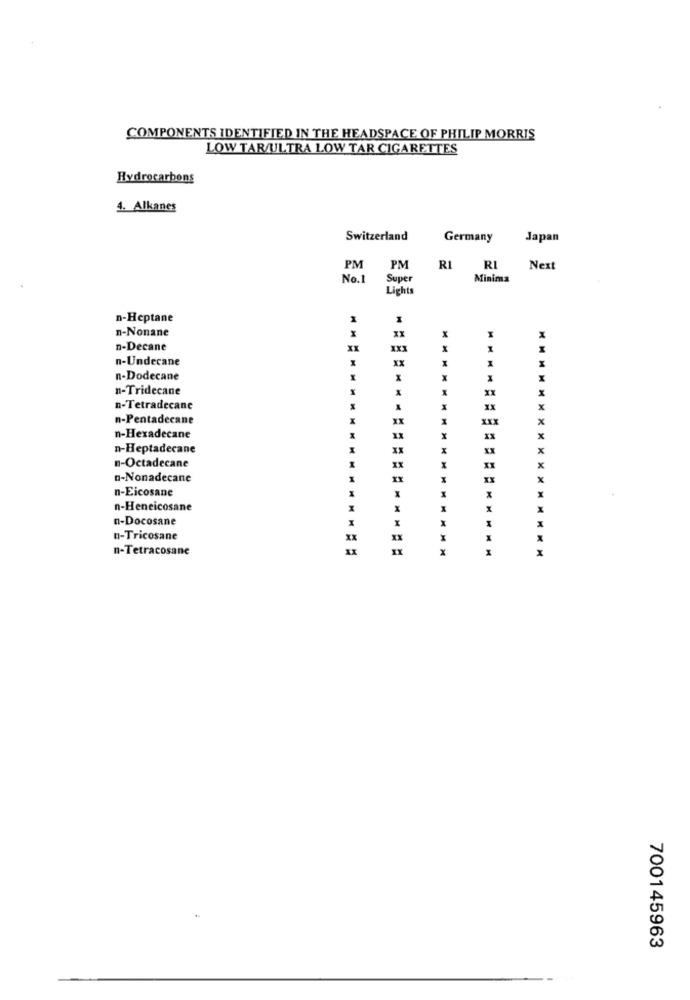
COMPONENTS IDENTIFIED IN THE HEADSPACE OF PHILIP MORRIS
LOW TAR/ULTRA LOW TAR CIGARETTES
Hydrocarbons
4. Alkanes
Switzerland
Germany
Japan
PM
PM
RI
RI
Next
No.1
Super
Minima
Lights
n-Heptane
n-Nonane
n-Decane
n-Undecane
xx
M
n-Dodecane
x
n-Tridecane
XX
n-Tetradecane
XX
n-Pentadecane
XXX
x
n-Hexadecane
x
n-Heptadecane
x
n-Octadecane
XX
x
n-Nonadecane
XX
x
n-Eicosane
X
n-Heneicosane
X
n-Docosane
x
n-Tricosane
xx
X
n-Tetracosane
x
700145963